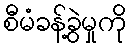
စီမံခန့်ခွဲမှုကို